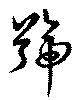
號